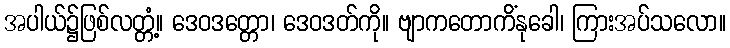
အပါယ်၌ဖြစ်လတ္တံ့။ ဒေဝဒတ္တော၊ ဒေဝဒတ်ကို။ ဗျာကတောကိံနုခေါ၊ ကြားအပ်သလော။